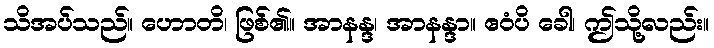
သိအပ်သည်။ ဟောတိ၊ ဖြစ်၏။ အာနန္ဒ၊ အာနန္ဒာ။ ဧဝံပိ ခေါ၊ ဤသို့လည်း။